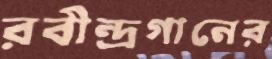
রবীন্দ্রগানের